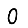
Digit: 0